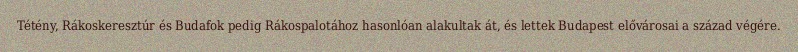
Tétény, Rákoskeresztúr és Budafok pedig Rákospalotához hasonlóan alakultak át, és lettek Budapest elővárosai a század végére.